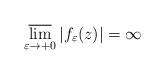
LaTeX: \begin{align*}\varlimsup_{\varepsilon\to+0}|f_{\varepsilon}(z)|=\infty \end{align*}